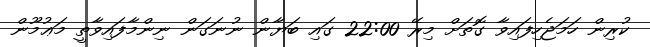
ކުރިން ހަމަޖެހިފައިވާ ގޮތަށް މިރޭ 22:00 ގައި ބަޔާން ނުނަގަން ނިންމާފައިވާތީ މަޢުމޫން